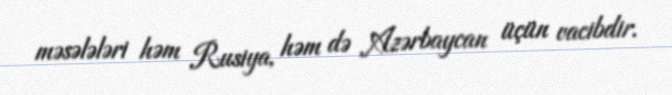
məsələləri həm Rusiya, həm də Azərbaycan üçün vacibdir.